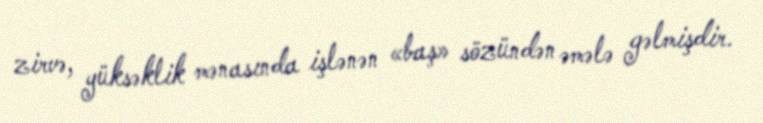
zirvə, yüksəklik mənasında işlənən «baş» sözündən əmələ gəlmişdir.